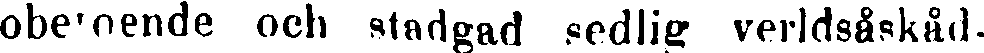
oberoende och stadgad sedlig verldsåskåd-